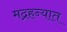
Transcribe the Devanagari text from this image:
मद्रहन्यात